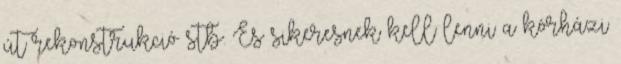
út rekonstrukció stb. És sikeresnek kell lenni a kórházi